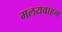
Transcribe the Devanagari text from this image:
मलयवाहन